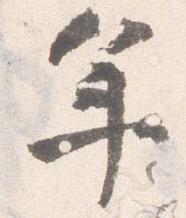
年